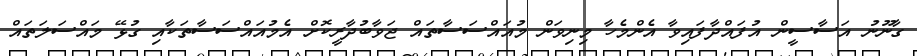
ގާނޫނު އަސާސީން އުފައްދާފައިވާ އެންމެހާ މިނިވަން މުއައްސަސާތައް ޖަވާބުދާރީކޮށް އެމުއައްސަސާތަކާއި ގުޅޭ މައްސަލަތައް